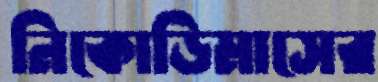
নিকোডিমাসের